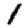
Digit: 1